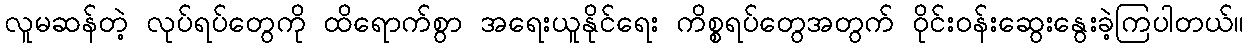
လူမဆန်တဲ့ လုပ်ရပ်တွေကို ထိရောက်စွာ အရေးယူနိုင်ရေး ကိစ္စရပ်တွေအတွက် ဝိုင်းဝန်းဆွေးနွေးခဲ့ကြပါတယ်။